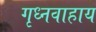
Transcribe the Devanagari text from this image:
गृध्नवाहाय